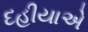
દહીયાએ